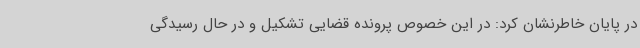
در پایان خاطرنشان کرد: در این خصوص پرونده قضایی تشکیل و در حال رسیدگی